Sketch of the medical history of the native army of Bombay, for the year
Year: 1872
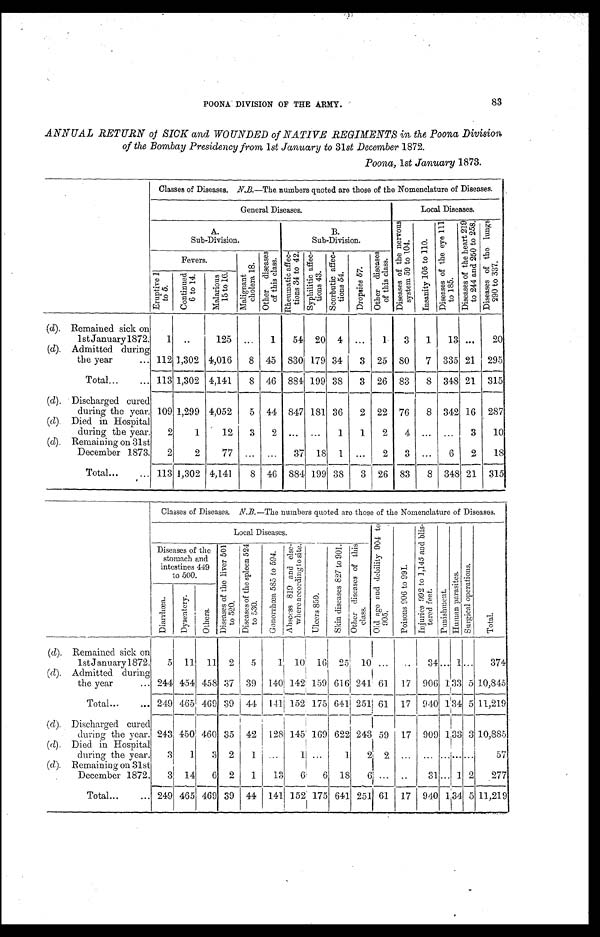
POONA DIVISION OF THE ARMY.
83
ANNUAL RETURN of SICK and WOUNDED of NATIVE REGIMENTS in the Poona Division
of the Bombay Presidency from 1 st January to 31st December 1872.
Poona, 1st January 1873.
Classes of Diseases. N.B.—The numbers quoted are those of the Nomenclature of Diseases.
General Diseases.
Local Diseases.
A.
Sub-Division.
B.
Sub-Di vi si on.
D i s e a s e s o f t h e n e r v o u s s y s t e m 5 9 t o 1 0 4 .
I n s a n i t y 1 0 5 t o 1 1 0 .
D i s e a s e s o f t h e e y e 1 1 1 t o 1 8 5 .
D i s e a s e s o f t h e h e a r t 2 1 9 t o 2 4 4 a n d 2 5 0 t o 2 5 8 . D i s e a s e s o f t h e l u n g s 2 9 0 t o 3 3 7 .
Fevers.
M a l i g n a n t c h o l e r a 1 8 .
O t h e r d i s e a s e s o f t h i s c l a s s . R h e u m a t i c a f f e c - t i o n s 3 4 t o 4 2 . S y p h i l i t i c a f f e c - t i o n s 4 3 .
S c o r b u t i c a f f e c - t i o n s 5 4
D r o p s i e s 5 7 .
Ot h e r d i s e a s e s o f t h i s c l a s s .
E r u p t i v e 1 t o 5 .
Cont i nued 6 t o 14
M a l a r i o u s 1 5 t o 1 6 .
(d). Remained sick on
1st January 1872.
1 ..
125 ...
1
54 20 4 ...
1
3
1
13 ...
20
(d). Admitted during
the year
112 1,302 4,016
8 45 830 179 34
3 25 80
7 335 21 295
Total
113 1,302 4,141
8 46 884 199 38
3 26 83
8 348 21 315
(d). Discharged cured
during the year. 109 1,299 4,052
5 44 847 181 36
2 22 76
8 342 16 287
(d). Died in Hospital
during the year.
2
1
12
3
2 ... ...
1
1
2
4 ... ...
3
10
(d). Remaining on 31st
December 1873.
2
2
77 ... ...
37 18 1 ...
2
3 ...
6
2
1 8
Total
113 1,302 4,141
8 46 884 199 38
3 26 83
8 348 21 315
Classes of Diseases. N.B. —The numbers quoted are those of the Nomenclature of Diseases.
Local Diseases.
O l d a g e a n d d e b i l i t y 9 0 4 t o 9 0 5 .
P o i s o n s 9 0 6 t o 9 9 1 .
I n j u r i e s 9 9 2 t o 1 , 1 4 5 a n d b l i s - t e r e d f e e t .
P u n i s h m e n t .
H u m a n p a r a s i t e s .
S u r g i c a l o p e r a t i o n s .
T o t a l .
Diseases of the
stomach and
intestines 449
to 500.
D i s e a s e s o f t h e l i v e r 5 0 1 t o 5 2 0 .
D i s e a s e s o f t h e s p l e e n 5 2 4 t o 5 3 0 .
G o n o r r h œ a 5 8 5 t o 5 9 4 .
A b s c e s s 8 1 9 a n d e l s c - w h e r e a c c o r d i n g t o s i t e .
U l c e r s 8 5 9 .
S k i n d i s e a s e s 8 2 7 t o 9 0 1 . O t h e r d i s e a s e s o f t h i s c l a s s .
D i a r r h œ a .
D y s e n t e r y .
O t h e r s .
(d). Remained sick on
1st January 1872.
5 11 11 2
5
1 10 16 25 10 ...
.. 34
. . .
1
. . . 374
(d). Admitted during
the year
244 454 458 37 39 140 142 159 616 241 61 17 906 1 33 5 10,845
Total
249 465 469 39 44
1 4 1 152 175 641 251 61 17 940 1 34 5 11,219
(d). Discharged cured
during the year. 243 450 460 35 42 128 145 169 622 243 59 17 909
1
33 3 10,885
(d). Died in Hospital
during the year.
3
1
3 2
1 ...
1 ...
1
2
2
... ...
. . .
...
. . .
5 7
(d). Remaining on 31st
December 1872.
3 14
6 2
1
13
6
6 18
6 ...
. . .
31
. . . 1 2
277
Total
249 465 469 39 44 141 152 175 641 251 61 17 940 1 34 5 11,219